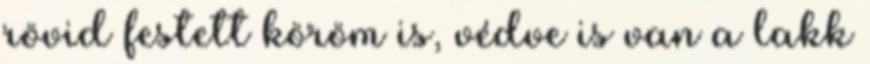
rövid festett köröm is, védve is van a lakk